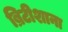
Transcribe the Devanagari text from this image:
ब्रिटीशाना